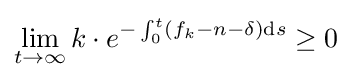
\lim _{t\to \infty }k\cdot e^{-\int _{0}^{t}\left(f_{k}-n-\delta \right)\mathrm {d} s}\geq 0